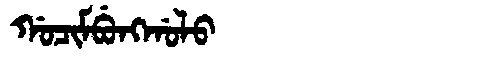
Manchu: ᡤᠣᠴᡳᠮᠪᡠᠩᡤᠣᠯᠣ
Romanization: GOCIMBUNGGOLO